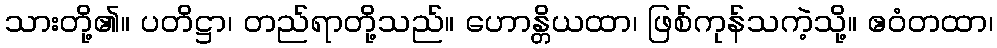
သားတို့၏။ ပတိဋ္ဌာ၊ တည်ရာတို့သည်။ ဟောန္တိယထာ၊ ဖြစ်ကုန်သကဲ့သို့။ ဧဝံတထာ၊